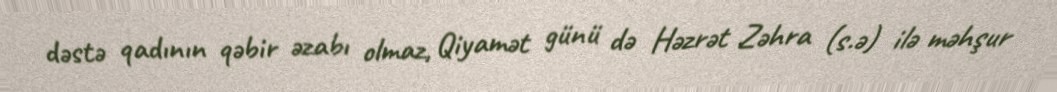
dəstə qadının qəbir əzabı olmaz, Qiyamət günü də Həzrət Zəhra (s.ə) ilə məhşur